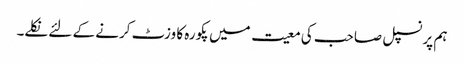
ہم پرنسپل صاحب کی معیت میں پکورہ کا وزٹ کرنے کے لئے نکلے۔